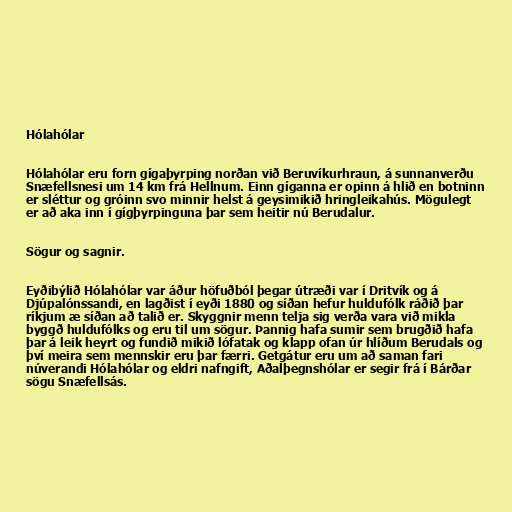
Hólahólar

Hólahólar eru forn gígaþyrping norðan við Beruvíkurhraun, á sunnanverðu
Snæfellsnesi um 14 km frá Hellnum. Einn gíganna er opinn á hlið en botninn
er sléttur og gróinn svo minnir helst á geysimikið hringleikahús. Mögulegt
er að aka inn í gígþyrpinguna þar sem heitir nú Berudalur.

Sögur og sagnir.

Eyðibýlið Hólahólar var áður höfuðból þegar útræði var í Dritvík og á
Djúpalónssandi, en lagðist í eyði 1880 og síðan hefur huldufólk ráðið þar
ríkjum æ síðan að talið er. Skyggnir menn telja sig verða vara við mikla
byggð huldufólks og eru til um sögur. Þannig hafa sumir sem brugðið hafa
þar á leik heyrt og fundið mikið lófatak og klapp ofan úr hlíðum Berudals og
því meira sem mennskir eru þar færri. Getgátur eru um að saman fari
núverandi Hólahólar og eldri nafngift, Aðalþegnshólar er segir frá í Bárðar
sögu Snæfellsás.